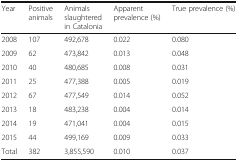
<table><thead><tr><td><b>Year</b></td><td><b>Positive animals</b></td><td><b>Animals slaughtered in Catalonia</b></td><td><b>Apparent prevalence (%)</b></td><td><b>True prevalence (%)</b></td></tr></thead><tbody><tr><td>2008</td><td>107</td><td>492,678</td><td>0.022</td><td>0.080</td></tr><tr><td>2009</td><td>62</td><td>473,842</td><td>0.013</td><td>0.048</td></tr><tr><td>2010</td><td>40</td><td>480,685</td><td>0.008</td><td>0.031</td></tr><tr><td>2011</td><td>25</td><td>477,388</td><td>0.005</td><td>0.019</td></tr><tr><td>2012</td><td>67</td><td>477,549</td><td>0.014</td><td>0.052</td></tr><tr><td>2013</td><td>18</td><td>483,238</td><td>0.004</td><td>0.014</td></tr><tr><td>2014</td><td>19</td><td>471,041</td><td>0.004</td><td>0.015</td></tr><tr><td>2015</td><td>44</td><td>499,169</td><td>0.009</td><td>0.033</td></tr><tr><td>Total</td><td>382</td><td>3,855,590</td><td>0.010</td><td>0.037</td></tr></tbody></table>